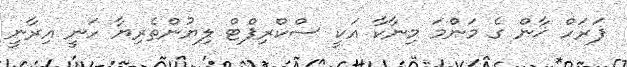
ފަރަހް ޚާން ގެ މަންމަ މިނާކާ އަކީ ސްކްރިޕްޓް ލިޔުންތެރިޔާ ހަނީ އިރާނީ